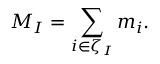
M _ { I } = \sum _ { i \in \zeta _ { I } } m _ { i } .